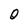
Character: O